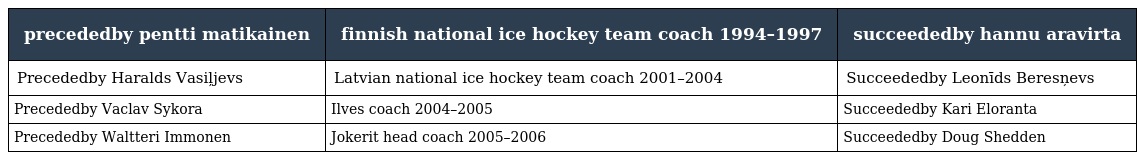
| precededby pentti matikainen | finnish national ice hockey team coach 1994–1997 | succeededby hannu aravirta |
 | --- | --- | --- |
 | Precededby Haralds Vasiļjevs | Latvian national ice hockey team coach 2001–2004 | Succeededby Leonīds Beresņevs |
 | Precededby Vaclav Sykora | Ilves coach 2004–2005 | Succeededby Kari Eloranta |
 | Precededby Waltteri Immonen | Jokerit head coach 2005–2006 | Succeededby Doug Shedden |